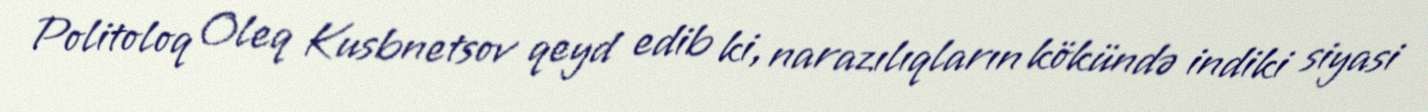
Politoloq Oleq Kusbnetsov qeyd edib ki, narazılıqların kökündə indiki siyasi